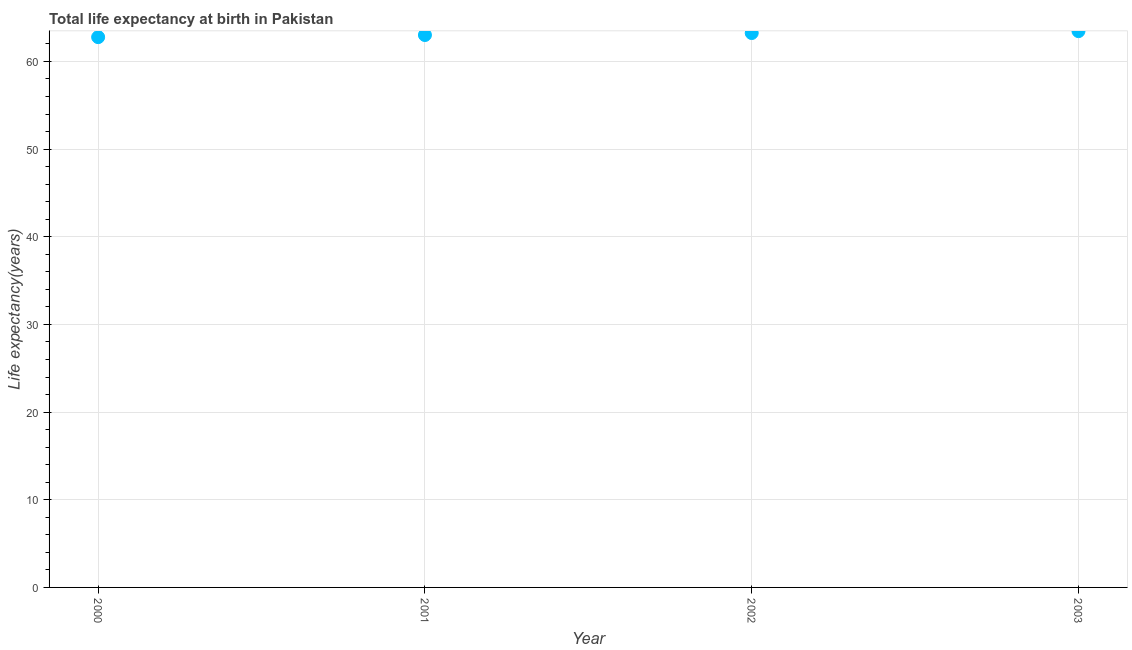
| Year | Life expectancy at birth |
 | --- | --- |
 | 2000 | 62.8 |
 | 2001 | 63 |
 | 2002 | 63.2 |
 | 2003 | 63.5 |